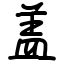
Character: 盖